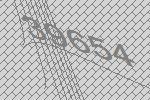
39654